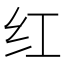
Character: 红